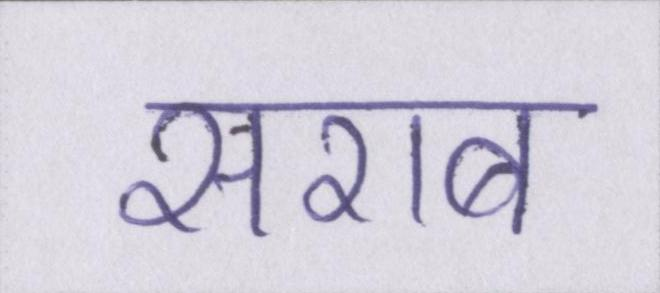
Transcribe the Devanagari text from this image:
सराब